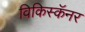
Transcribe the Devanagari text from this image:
विकिस्कॅनर